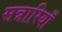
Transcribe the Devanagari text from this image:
सन्नारियाँ